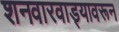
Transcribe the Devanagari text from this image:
शनवारवाड्यावरून